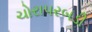
ચોરાપરબડી